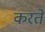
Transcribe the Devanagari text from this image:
करते